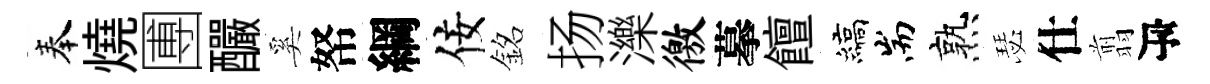
奉燒圑釅奚帑綱佞銘扬濼徼摹饘縞耑熟瑟仕翦瓴